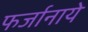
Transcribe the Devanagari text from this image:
फर्जानाये